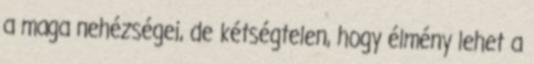
a maga nehézségei, de kétségtelen, hogy élmény lehet a